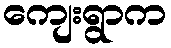
ကျေးရွာက